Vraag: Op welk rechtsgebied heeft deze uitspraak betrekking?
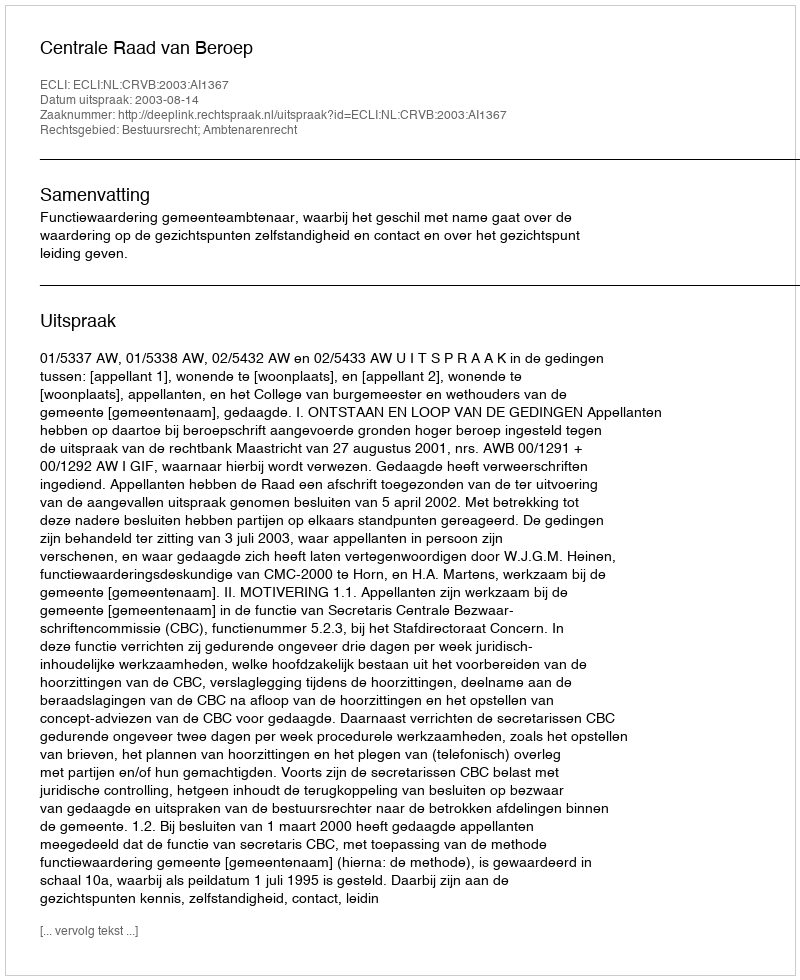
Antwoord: Bestuursrecht; Ambtenarenrecht